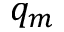
q _ { m }